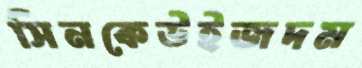
সিনকেউইজদম